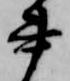
書